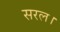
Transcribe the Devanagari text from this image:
सरल।